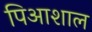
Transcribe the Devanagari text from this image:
पिआशाल